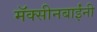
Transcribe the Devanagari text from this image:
मॅक्सीनबाईंनी